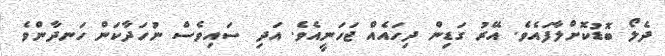
ދެލޯ ބޮޑުކޮށްލާފައެވެ. އޭރު ގަޑިން ދިހައެއް ޖަހަނީއެވެ. އަދި ސައިވެސް ނުހަދާކަން ހަނދާންވެ